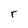
Character: r